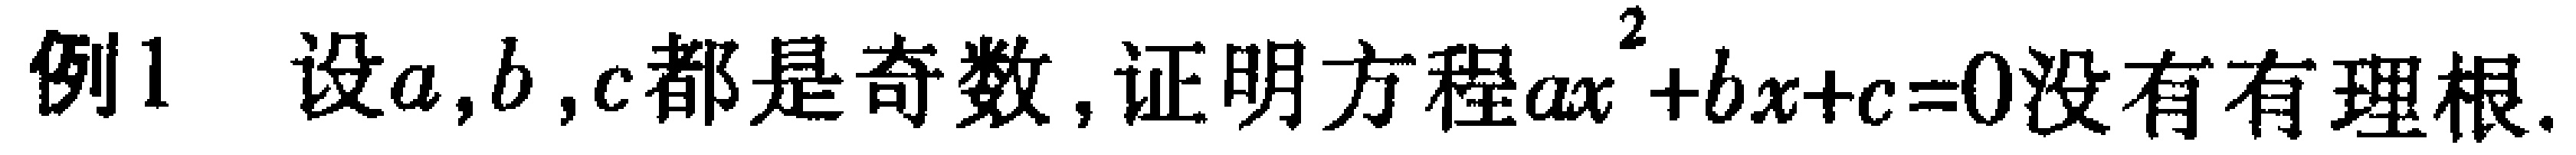
例1 设\(a,b,c\)都是奇数, 证明方程\(ax^{2}+bx + c = 0\)没有有理根.